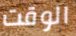
الوقت